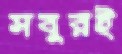
সবুরই